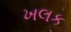
ખલક